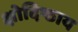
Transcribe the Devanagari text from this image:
क्षोदिष्ठाय